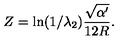
Z = \ln ( 1 / { \lambda _ { 2 } } ) { \frac { \sqrt { \alpha ^ { \prime } } } { 1 2 R } } .